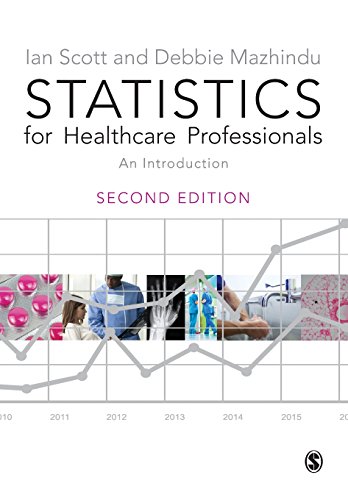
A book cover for Statistics for Healthcare Professionals: An Introduction; Ian Scott; Medical Books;